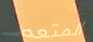
المتعه